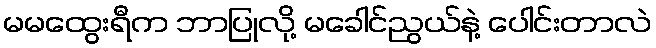
မမထွေးရီက ဘာပြုလို့ မခေါင်ညွယ်နဲ့ ပေါင်းတာလဲ